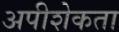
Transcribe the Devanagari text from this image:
अपीशेकता